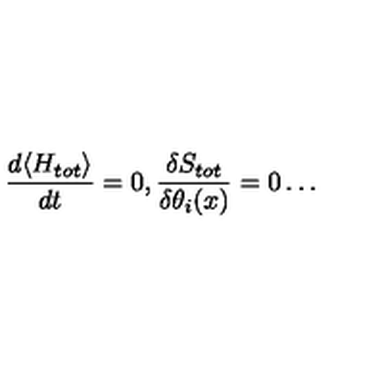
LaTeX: \frac { d \langle H _ { t o t } \rangle } { d t } = 0 , \frac { \delta S _ { t o t } } { \delta \theta _ { i } ( x ) } = 0 \ldots